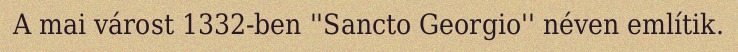
A mai várost 1332-ben ''Sancto Georgio'' néven említik.